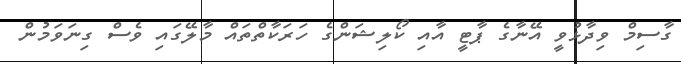
ގާސިމް ވިދާޅުވީ އޭނާގެ ޕާޓީ އާއި ކޯލިޝަންގެ ހަރަކާތްތައް މާލޭގައި ވެސް ގިނަވަމުން